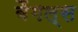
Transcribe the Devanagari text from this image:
बैंगल्स